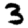
Digit: 3